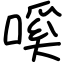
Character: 嗘